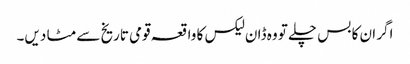
اگر ان کا بس چلے تو وہ ڈان لیکس کا واقعہ قومی تاریخ سے مٹا دیں۔